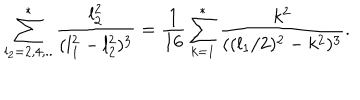
\sum _ { l _ { 2 } = 2 , 4 , . . } ^ { * } { \frac { l _ { 2 } ^ { 2 } } { ( l _ { 1 } ^ { 2 } - l _ { 2 } ^ { 2 } ) ^ { 3 } } } = { \frac { 1 } { 1 6 } } \sum _ { k = 1 } ^ { * } { \frac { k ^ { 2 } } { ( ( l _ { 1 } / 2 ) ^ { 2 } - k ^ { 2 } ) ^ { 3 } } } .